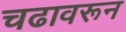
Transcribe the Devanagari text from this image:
चढावरून